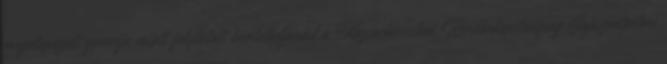
megalapozott gyanúja miatt folytatott büntetőeljárást a Kazincbarcikai Rendőrkapitányság Sajószentpéteri